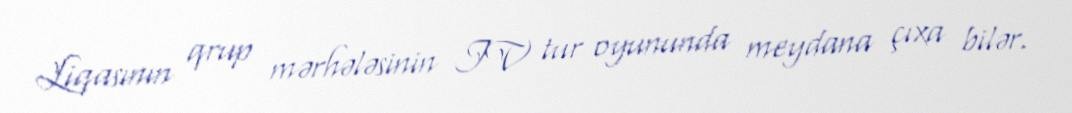
Liqasının qrup mərhələsinin IV tur oyununda meydana çıxa bilər.